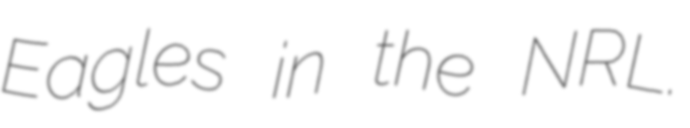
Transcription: Eagles in the NRL.